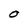
Character: O